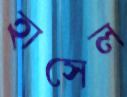
হাসেল